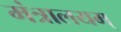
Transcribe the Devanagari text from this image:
मंत्रालयम्